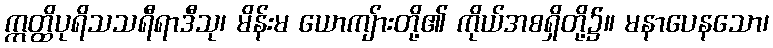
ဣတ္ထိပုရိသသရီရာဒီသု၊ မိန်းမ ယောကျ်ားတို့၏ ကိုယ်အစရှိတို့၌။ မနာပေနသော၊